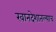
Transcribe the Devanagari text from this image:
खानदेशातल्याच